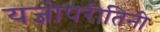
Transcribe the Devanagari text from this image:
यज्ञोपरीतिनी